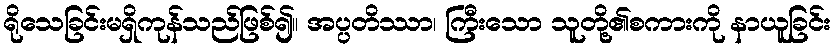
ရိုသေခြင်းမရှိကုန်သည်ဖြစ်၍။ အပ္ပတိဿာ၊ ကြီးသော သူတို့၏စကားကို နာယူခြင်း